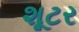
શૂટર